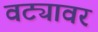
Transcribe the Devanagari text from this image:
वट्यावर